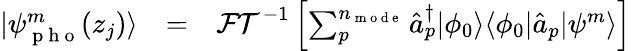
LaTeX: \begin{array}{ccl}{|\psi_{\mathrm{~p~h~o~}}^{m}(z_{j})\rangle}&{=}&{\mathcal{FT}^{-1}\left[\sum_{p}^{n_{\mathrm{~m~o~d~e~}}}\hat{a}_{p}^{\dagger}|\phi_{0}\rangle\langle\phi_{0}|\hat{a}_{p}|\psi^{m}\rangle\right]}\end{array}